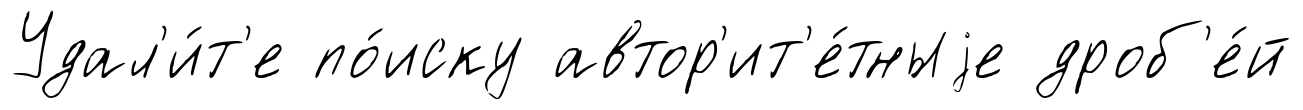
Удал'и́т'е по́иску автор'ит'е́тныjе дроб'е́й